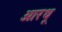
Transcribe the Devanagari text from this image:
आरथू